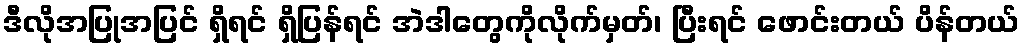
ဒီလိုအပြုအပြင် ရှိရင် ရှိပြန်ရင် အဲဒါတွေကိုလိုက်မှတ်၊ ပြီးရင် ဖောင်းတယ် ပိန်တယ်